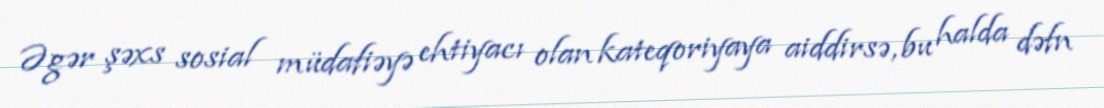
Əgər şəxs sosial müdafiəyə ehtiyacı olan kateqoriyaya aiddirsə, bu halda dəfn